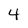
Character: 4